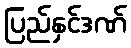
ပြည်နှင်ဒဏ်